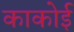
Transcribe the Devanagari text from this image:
काकोई